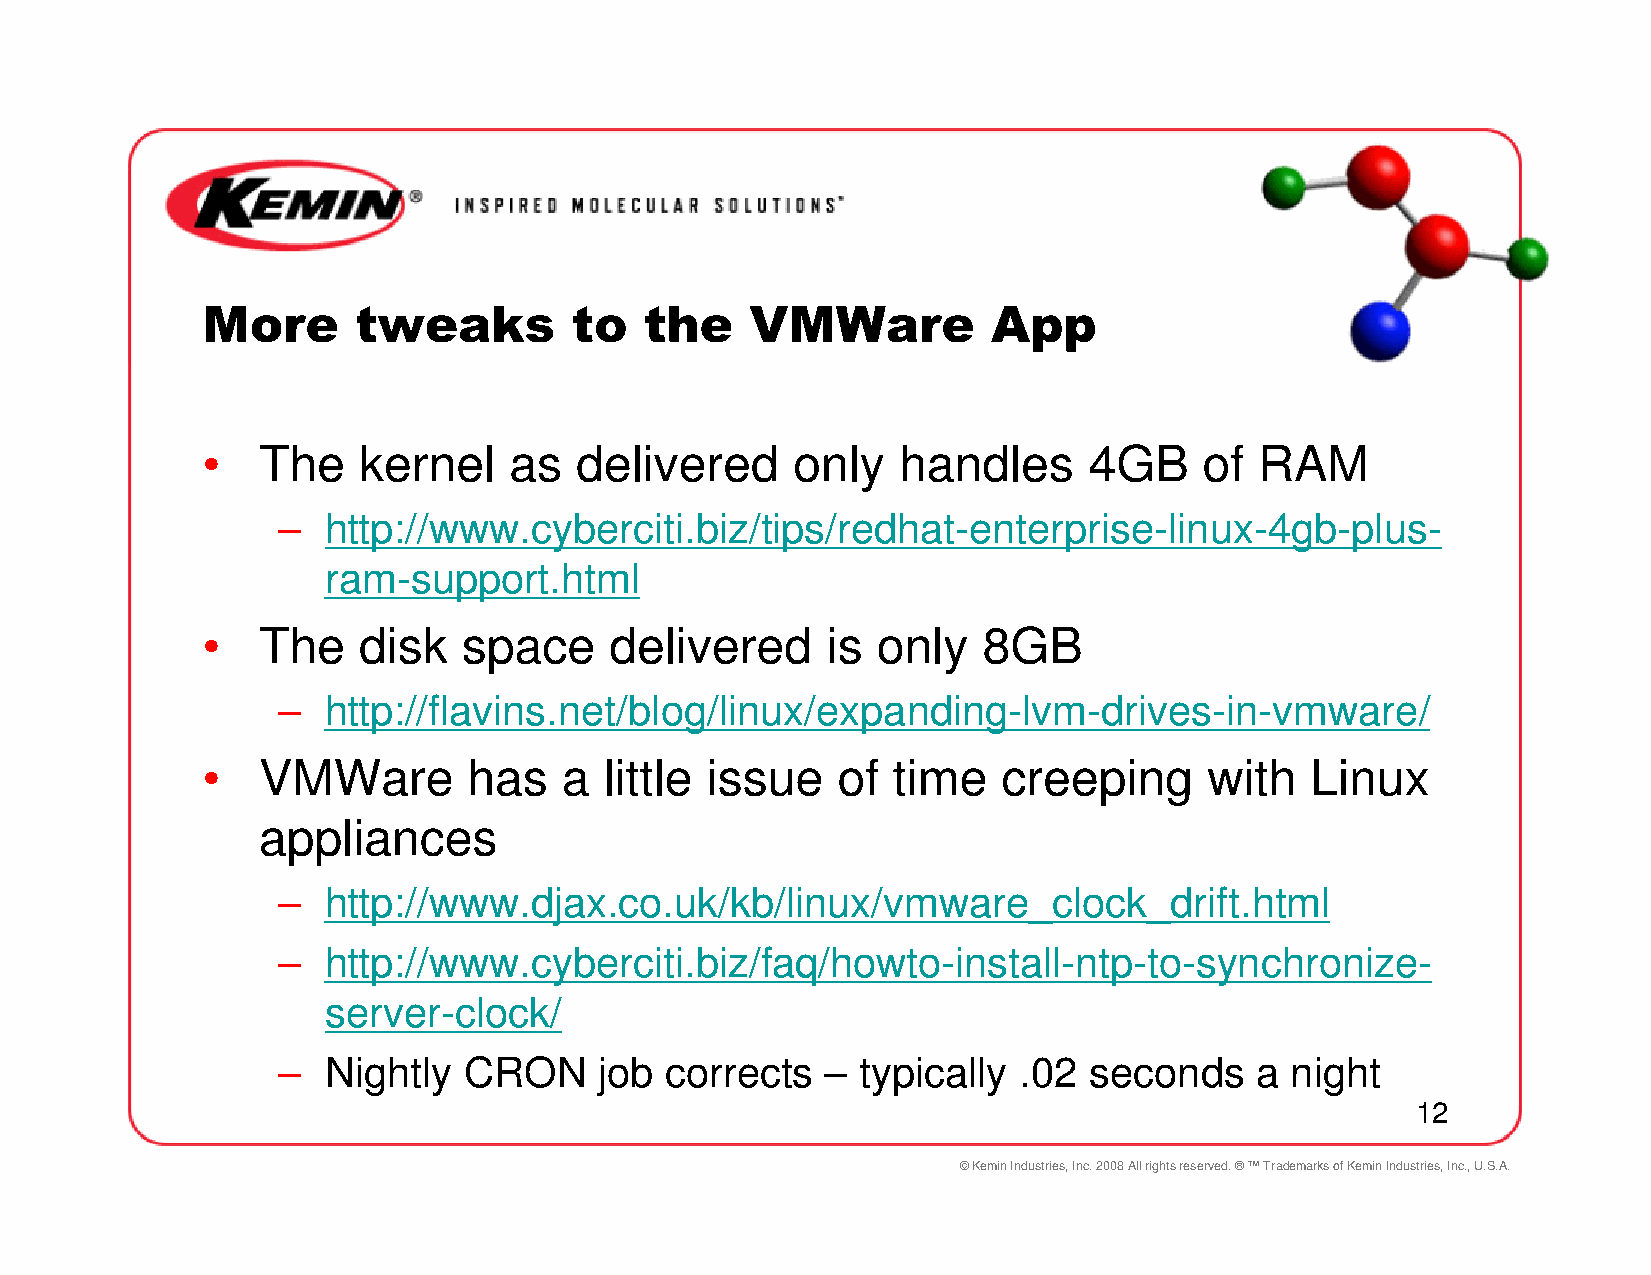
More       tweaks        to   the    VMWare          App
 •   The    kernel    as  delivered     only   handles      4GB     of RAM
 –  http://www.cyberciti.biz/tips/redhat-enterprise-linux-4gb-plus-
 ram-support.html
 •   The    disk   space    delivered      is only   8GB
 –  http://flavins.net/blog/linux/expanding-lvm-drives-in-vmware/
 •   VMWare        has   a  little issue   of  time   creeping      with   Linux
 appliances
 –  http://www.djax.co.uk/kb/linux/vmware_clock_drift.html
 –  http://www.cyberciti.biz/faq/howto-install-ntp-to-synchronize-
 server-clock/
 –  Nightly   CRON     job corrects   – typically .02  seconds    a night
 12
 © Kemin Industries, Inc. 2008 All rights reserved. ® ™ Trademarks of Kemin Industries, Inc., U.S.A.